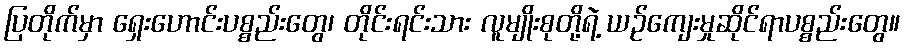
ပြတိုက်မှာ ရှေးဟောင်းပစ္စည်းတွေ၊ တိုင်းရင်းသား လူမျိုးစုတို့ရဲ့ ယဉ်ကျေးမှုဆိုင်ရာပစ္စည်းတွေ။